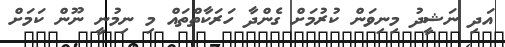
އަދި ނަޝީދު މިނިވަން ކުރުމަށް ގެންދާ ހަރަކާތްތައް މި ނިމުނީ ނޫން ކަމަށް